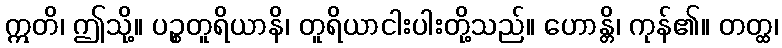
ဣတိ၊ ဤသို့။ ပဉ္စတူရိယာနိ၊ တူရိယာငါးပါးတို့သည်။ ဟောန္တိ၊ ကုန်၏။ တတ္ထ၊